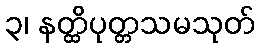
၃၊ နတ္ထိပုတ္တသမသုတ်